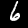
Label: 6